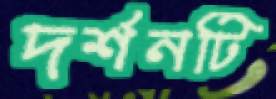
দর্শনটি